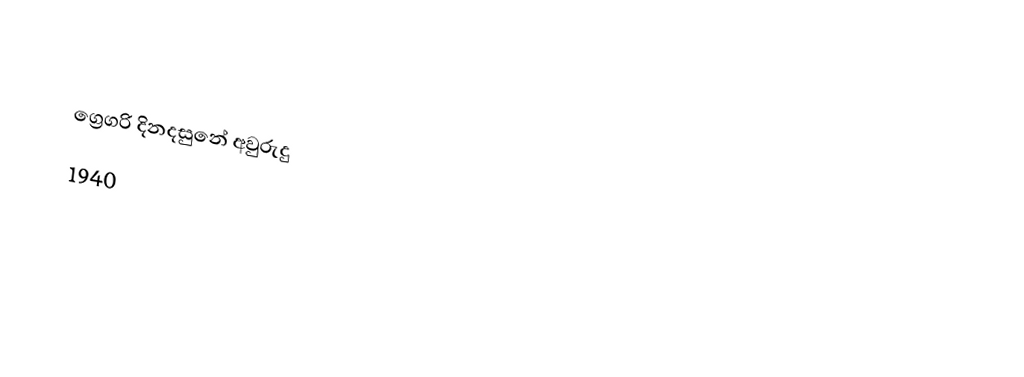

ග්‍රෙගරි දිනදසුනේ අවුරුදු
1940